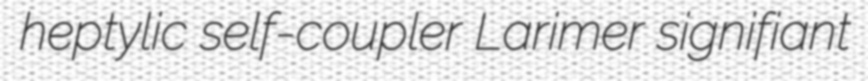
heptylic self-coupler Larimer signifiant